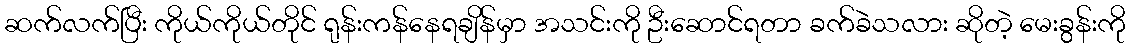
ဆက်လက်ပြီး ကိုယ်ကိုယ်တိုင် ရုန်းကန်နေရချိန်မှာ အသင်းကို ဦးဆောင်ရတာ ခက်ခဲသလား ဆိုတဲ့ မေးခွန်းကို